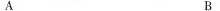
A B